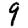
Digit: 9